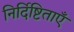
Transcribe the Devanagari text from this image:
निर्दिष्टिताएँ